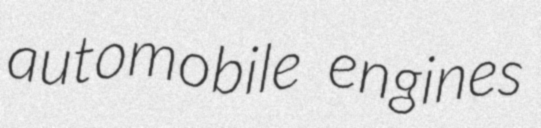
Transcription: automobile engines